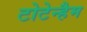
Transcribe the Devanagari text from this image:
टोटेन्हैम